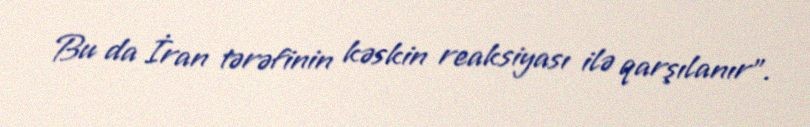
Bu da İran tərəfinin kəskin reaksiyası ilə qarşılanır”.